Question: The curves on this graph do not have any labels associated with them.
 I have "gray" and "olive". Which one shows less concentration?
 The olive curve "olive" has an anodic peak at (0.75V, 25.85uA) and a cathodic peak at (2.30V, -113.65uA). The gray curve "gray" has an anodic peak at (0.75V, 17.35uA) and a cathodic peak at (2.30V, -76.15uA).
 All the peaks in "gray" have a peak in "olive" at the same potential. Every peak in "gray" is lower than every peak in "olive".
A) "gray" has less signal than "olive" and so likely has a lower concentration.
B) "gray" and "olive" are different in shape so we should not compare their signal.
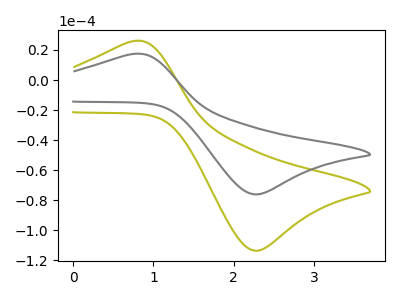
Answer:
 <answer>A) "gray" has less signal than "olive" and so likely has a lower concentration.</answer>
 <eval>A</eval>